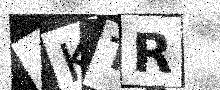
Text: 4KTR